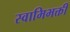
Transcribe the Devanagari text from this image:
स्वामिभक्ती